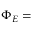
\Phi _ { E } = \,